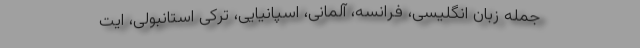
جمله زبان انگلیسی، فرانسه، آلمانی، اسپانیایی، ترکی استانبولی، ایت